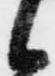
候